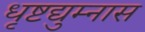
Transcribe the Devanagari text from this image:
धृष्टद्युम्नास